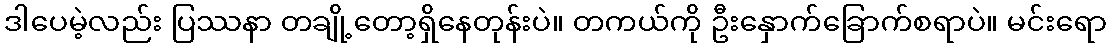
ဒါပေမဲ့လည်း ပြဿနာ တချို့တော့ရှိနေတုန်းပဲ။ တကယ်ကို ဦးနှောက်ခြောက်စရာပဲ။ မင်းရော